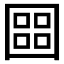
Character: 𡈨